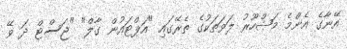
އޭނާގެ އެންމެ މަޝްހޫރު ލަވަތަކުގެ ތެރޭގައި "އަޕްޓައުން ގާލް" "ޖަސްޓް ދަ ވޭ